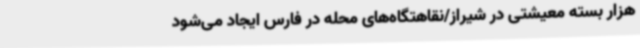
هزار بسته معیشتی در شیراز/نقاهتگاه‌های محله در فارس ایجاد می‌شود